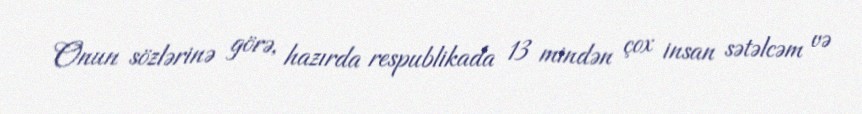
Onun sözlərinə görə, hazırda respublikada 13 mindən çox insan sətəlcəm və